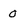
Character: 0